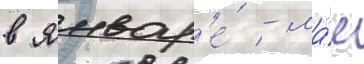
в январ'е́ - ма́е